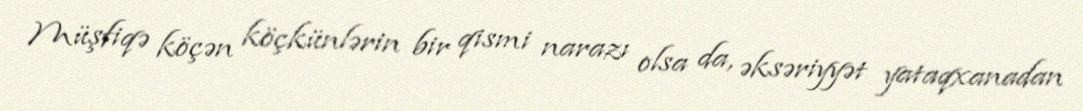
Müşfiqə köçən köçkünlərin bir qismi narazı olsa da, əksəriyyət yataqxanadan